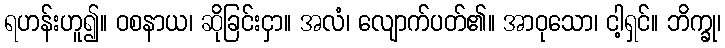
ရဟန်းဟူ၍။ ဝစနာယ၊ ဆိုခြင်းငှာ။ အလံ၊ လျောက်ပတ်၏။ အာဝုသော၊ ငါ့ရှင်။ ဘိက္ခု၊